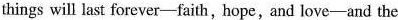
things will last forever-faith,hope,and love-and the